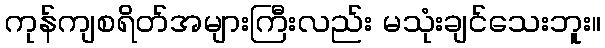
ကုန်ကျစရိတ်အများကြီးလည်း မသုံးချင်သေးဘူး။